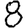
Digit: 8